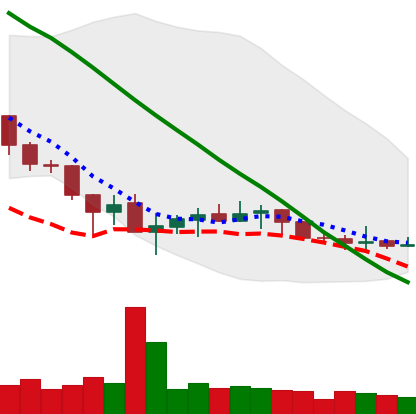
Ticker: XLM-USD
Chart end date: 2019-12-07
Forward return: -4.262%
Label: down_3_5